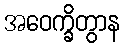
အဝေက္ခိတွာန